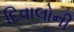
દિવાલોની